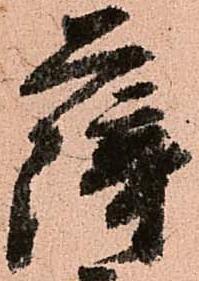
薩